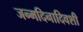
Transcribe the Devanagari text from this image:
जन्मदिनादिवशी